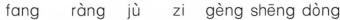
fang rang ju zi geng sheng dong